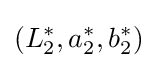
(L_{2}^{*},a_{2}^{*},b_{2}^{*})